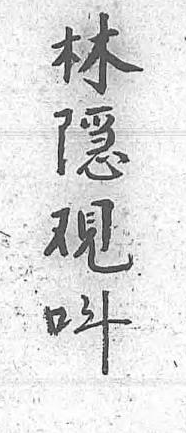
林隱覌呌